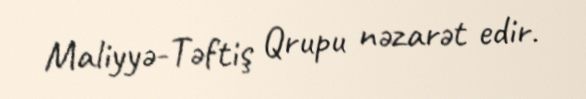
Maliyyə-Təftiş Qrupu nəzarət edir.